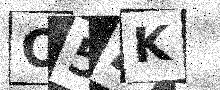
Text: O54K